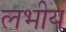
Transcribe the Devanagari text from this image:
लभीय